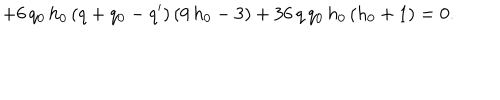
+ 6 \, q _ { 0 } \, h _ { 0 } \, ( q + q _ { 0 } - q ^ { \prime } ) \, ( 9 \, h _ { 0 } - 3 ) + 3 6 \, q \, q _ { 0 } \, h _ { 0 } \, ( h _ { 0 } + 1 ) = 0 .